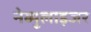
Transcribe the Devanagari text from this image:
नेब्युलाइजर